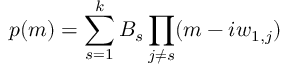
p ( m ) = \sum _ { s = 1 } ^ { k } B _ { s } \prod _ { j \ne s } ( m - i w _ { 1 , j } )